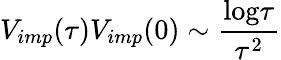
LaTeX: V_{imp}(\tau)V_{imp}(0)\sim{\frac{\mathrm{log}\tau}{\tau^{2}}}